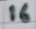
Text: 16